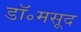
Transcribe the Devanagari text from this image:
डॉ॰मसूद